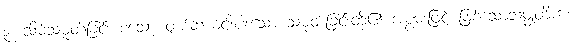
၃။ သိမ်သမုတ်ခြင်း စသော တစ်ဆယ့်ငါးပါးသော သမုတ်ခြင်းတို့၏ အစွမ်းဖြင့် ဖြစ်သောသမ္မုတိကံ၊